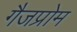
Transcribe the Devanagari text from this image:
गैजप्रोम